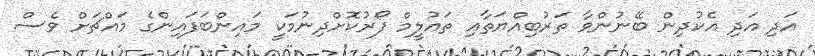
އަދި އަދި އެކުދިން ބޭނުންވާ ތަރުބިއްޔަތާއި ތައުލީމް ފޯރުކޮށްދިނުމަކީ މައިންބަފައިންގެ މައްޗަށް ވެސް